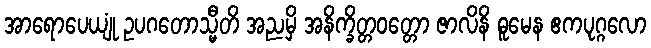
အာရောပေယျုံ ဥပဂတောသ္မီတိ အညမှိ အနိက္ခိတ္တဝတ္တော ဇာလိနိ ဓူမေန ဧကပုဂ္ဂလော